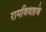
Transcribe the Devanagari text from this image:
रामविवाहके